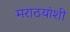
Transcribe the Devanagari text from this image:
मराठयांशी